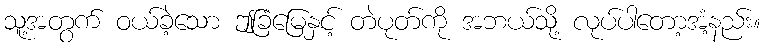
သူ့အတွက် ဝယ်ခဲ့သော ဤခြံမြေနှင့် တဲပုတ်ကို အဘယ်သို့ လုပ်ပါတော့အံ့နည်း။